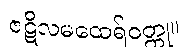
ဇဋိလမထေရ်ဝတ္ထု။